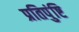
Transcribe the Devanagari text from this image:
प्रतिपुंष्टि